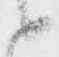
候